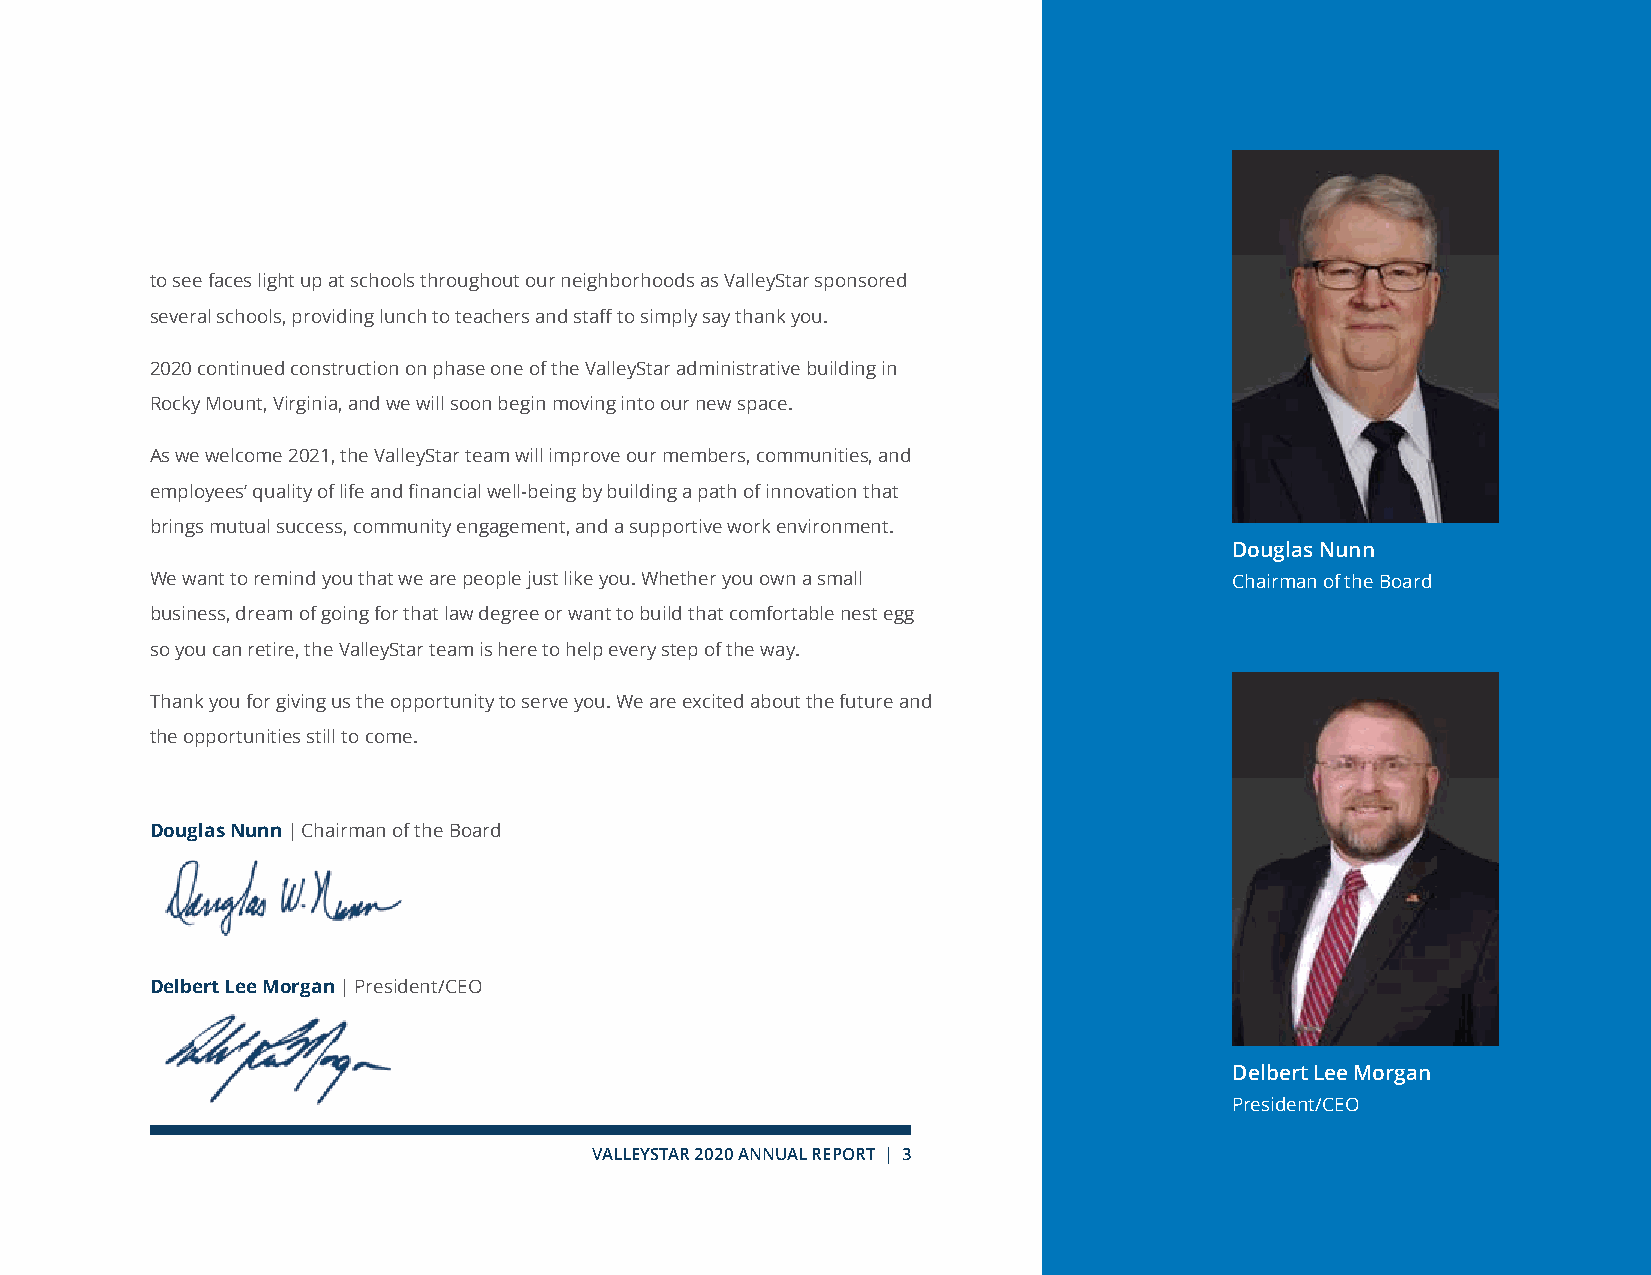
to see faces light up at schools throughout our neighborhoods as ValleyStar sponsored
 several schools, providing lunch to teachers and staff to simply say thank you.
 2020 continued construction on phase one of the ValleyStar administrative building in
 Rocky Mount, Virginia, and we will soon begin moving into our new space.
 As we welcome 2021, the ValleyStar team will improve our members, communities, and
 employees’ quality of life and financial well-being by building a path of innovation that
 brings mutual success, community engagement, and a supportive work environment.
 Douglas Nunn
 We want to remind you that we are people just like you. Whether you own a small Chairman of the Board
 business, dream of going for that law degree or want to build that comfortable nest egg
 so you can retire, the ValleyStar team is here to help every step of the way.
 Thank you for giving us the opportunity to serve you. We are excited about the future and
 the opportunities still to come.
 Douglas Nunn | Chairman of the Board
 Delbert Lee Morgan | President/CEO
 Delbert Lee Morgan
 President/CEO
 VALLEYSTAR 2020 ANNUAL REPORT | 3